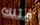
مثلك